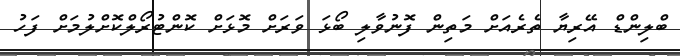
ބްލިންޑް އޭރިޔާ ތެރެއަށް މަތިން ފޮނުުވާލި ބޯޅަ ވަރަށް މޮޅަށް ކޮންޓުރޯލްކޮށްލުމަށް ފަހު